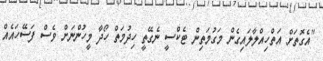
"އެގޮތަށް އަތްހިއްލާލައިގެން މަގުމަތިން ޓެކްސީ ނެގޭތީ ހިދުމަތް ހޯދާ މީހުންނަށް ވެސް ފަސޭހައެއް